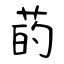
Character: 菂